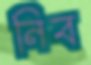
নিব